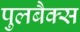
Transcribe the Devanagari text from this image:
पुलबैक्स